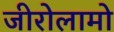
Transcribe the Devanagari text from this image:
जीरोलामो